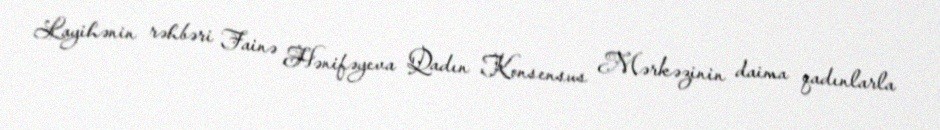
Layihənin rəhbəri Fainə Hənifəyeva Qadın Konsensus Mərkəzinin daima qadınlarla